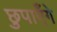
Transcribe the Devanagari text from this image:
छुपाएँगे